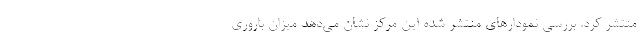
منتشر کرد. بررسی نمودارهای منتشر شده این مرکز نشان می‌دهد میزان باروری